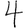
Digit: 4